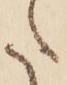
た